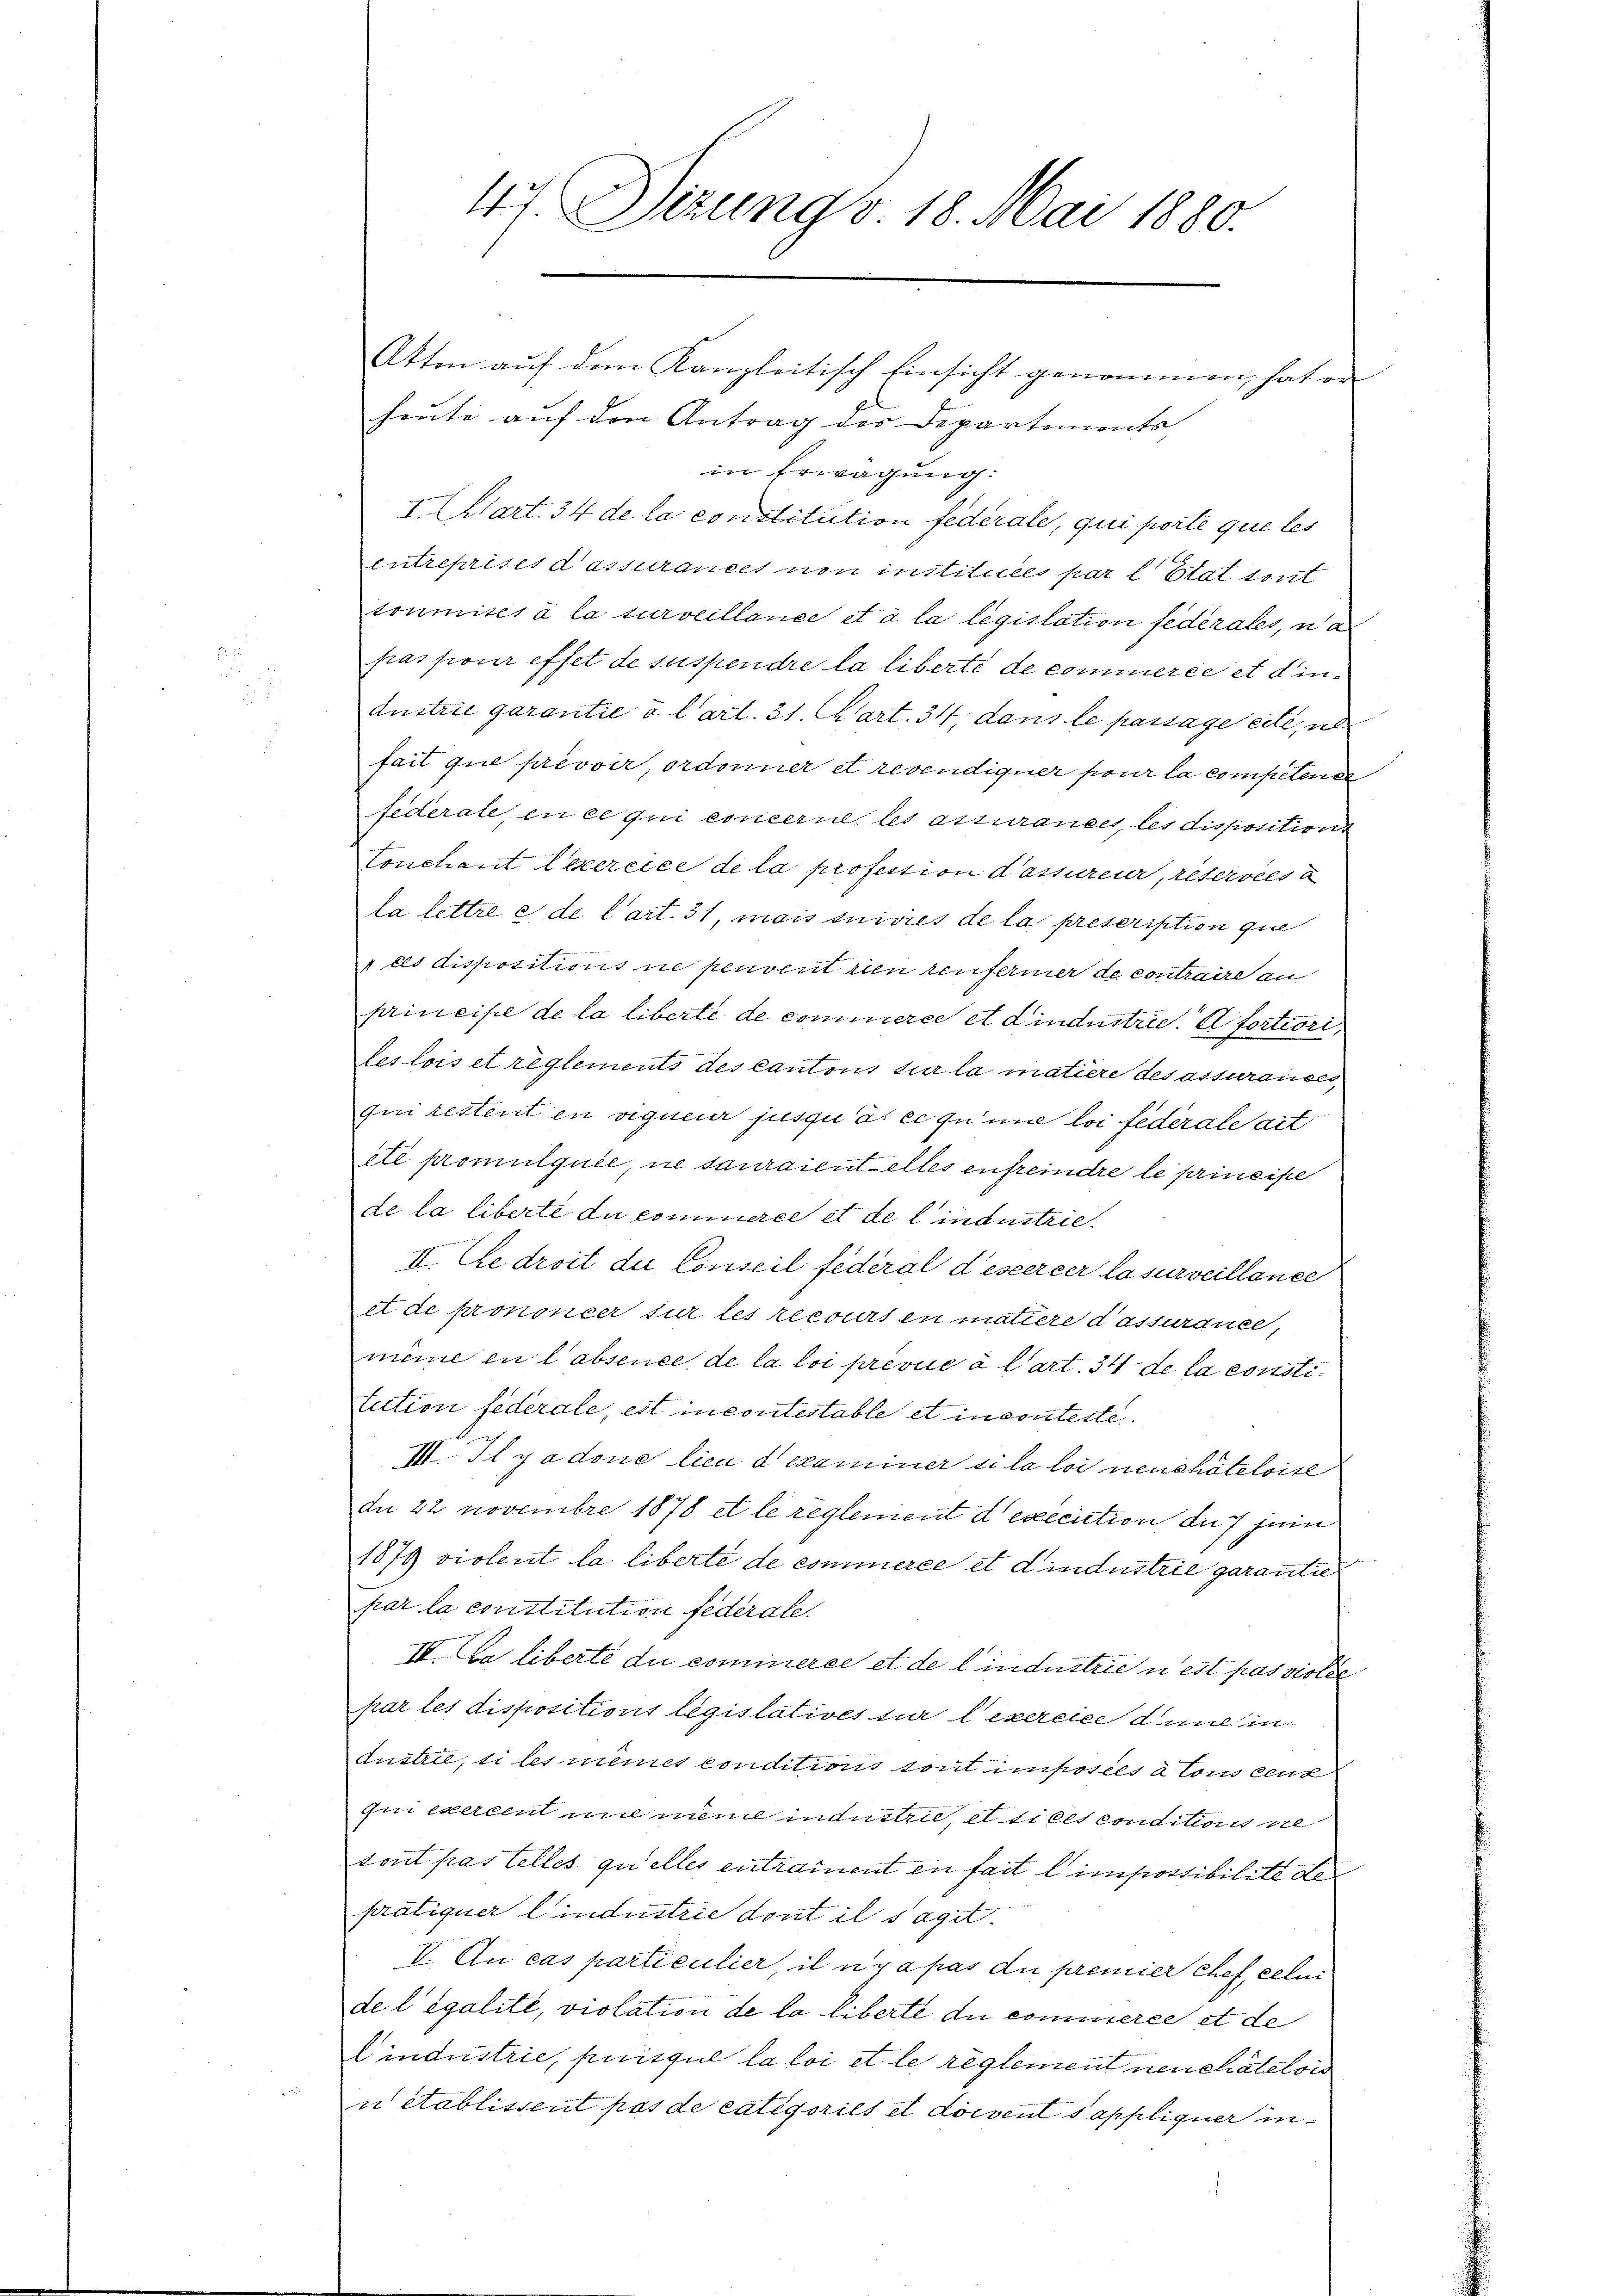
Akten auf dem Kanzleitisch Einsicht genommen, hat er
heute auf den Antrag des Departements
in Erwägung:
I. Chart. 34 de la constitution federale, qui porte que les
entreprises dassurances von instituées par l. Etat mit
toumises à la surveillance et à la législation federales, u. a
fras pour effet de suspendre la liberte de commerce et diedustrie garantie à l’art. 31. Mart. 34, dans le passage eite, ih
fait que prevoir, ordonner et revendiquer pour la competener
federate, en ce qui concerne les assurances, les dispositions
Conchant lexercice de la profession dessureur, retersees a
la lettre e de l’art. 31, mais suivies de la prescription que
els dispositions ne peuvent den renferiner de contraire an
principe de la liberte de commerce et dindustrie a fortiori,
les lois et reglements des Cantons sur la matiere des assurances,
qui restent en vigueur jusquas ce quine loi feder als ait
été promulquée, ne sauraientelles enfreindre le principe
de la liberte du commerce et de lindustrie
II. Ce droit du Conseil fédéral d’eseercer la surveillance
et de prononcer sur les recourt en matiere dassurance,
mime en l'absence de la loi prevue à l’art. 34 de la consti
tution federale, est incontestable et insorterte
M. Il y a done lieu d examiner u la loi neuehöteloise
dn 22 Novembre 1878 et le reglement d execution du jein
1879 violent la liberté de commerce et Lindustrie garantie
par la constitution federale.
IV. Da liberté du cominierce et de lindustrie u est pas viole
par les dispositions legislatives sur lexercier den in
Austrie, si les mêmes conditions tout imposels a tous leut
qui exercent mit meine industrie, et si ces conditoris al
tout pas telles quelles entrainent en fait l impossibilité de
pratiquer lindustrie dont il saget.
V. An cas particulier, il n’y a pas die premier Chef, gelei
de legalité, violation de la liberte du commerce et de
Cindustrie, puisgul la loi et le reglement neuchâtelois
u etablissent pas de Categories et doivent sappliquer in¬

47. Dizung v. 18. Mai 1880.